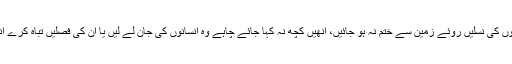
کیا صرف اس وجہ سے جنگلی جانوروں کی نسلیں روئے زمین سے ختم نہ ہو جائیں، انھیں کچھ نہ کہا جائے چاہے وہ انسانوں کی جان لے لیں یا ان کی فصلیں تباہ کرے انھیں بھوکوں مرنے پر مجبور کر دیں۔